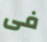
فى